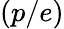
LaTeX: (p/e)